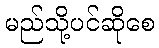
မည်သို့ပင်ဆိုစေ